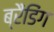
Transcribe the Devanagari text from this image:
ब्रैंडिंग